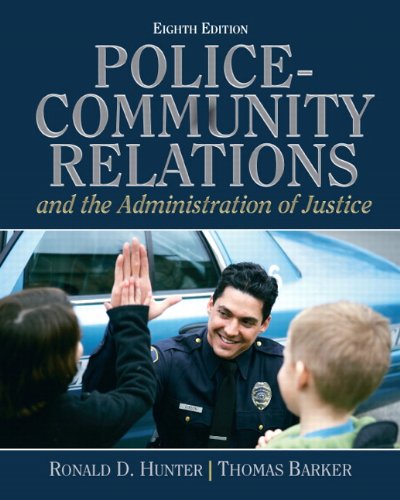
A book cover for Police Community Relations and The Administration of Justice (8th Edition); Ronald D. Hunter; Law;